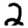
Digit: 2